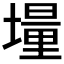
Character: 𡑆